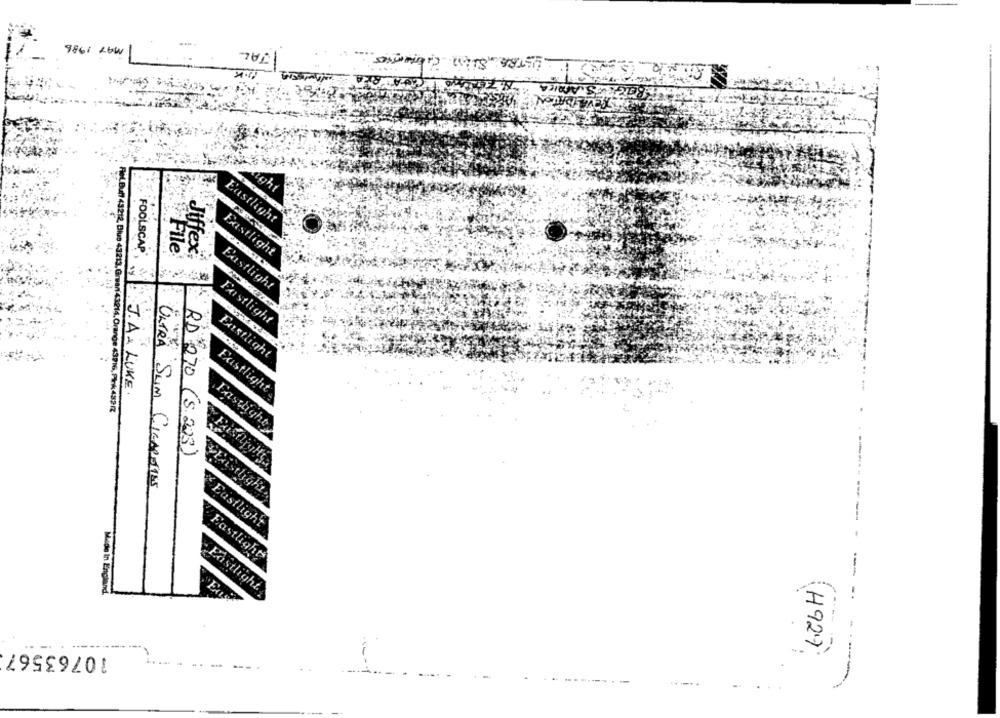
TAL
9861 20W
aght
Eastlight
FOOLSCAP®
File
Jiffex
Eastlight
Eastlight
Fastlight
Fastlight
J. A . LUKE.
Existlight's
Rel.Buff 43212, Blus 43213, Grman43214.Orange 43716, PIK432/Z
Eastlight
RD 270 (S.223)
ULTRA SLIM CIGARETTES
Existlight.
Eastlight
Fastlight
Made In England.
Eastlight.
I
10763567
(H92)